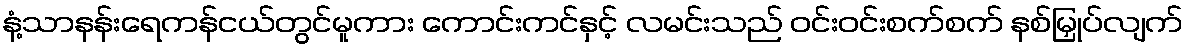
နံ့သာနန်းရေကန်ငယ်တွင်မူကား ကောင်းကင်နှင့် လမင်းသည် ဝင်းဝင်းစက်စက် နစ်မြှုပ်လျက်